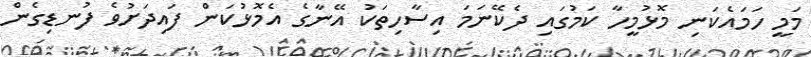
މަމީ ހަމައެކަނި މޮޅުމީހާ ކަމުގައި ދެކޭނަމަ އިސާހިތަކު އޭނާގެ އެމޮޅުކަން ފައިދަށުވެ ފުނޑިގެން